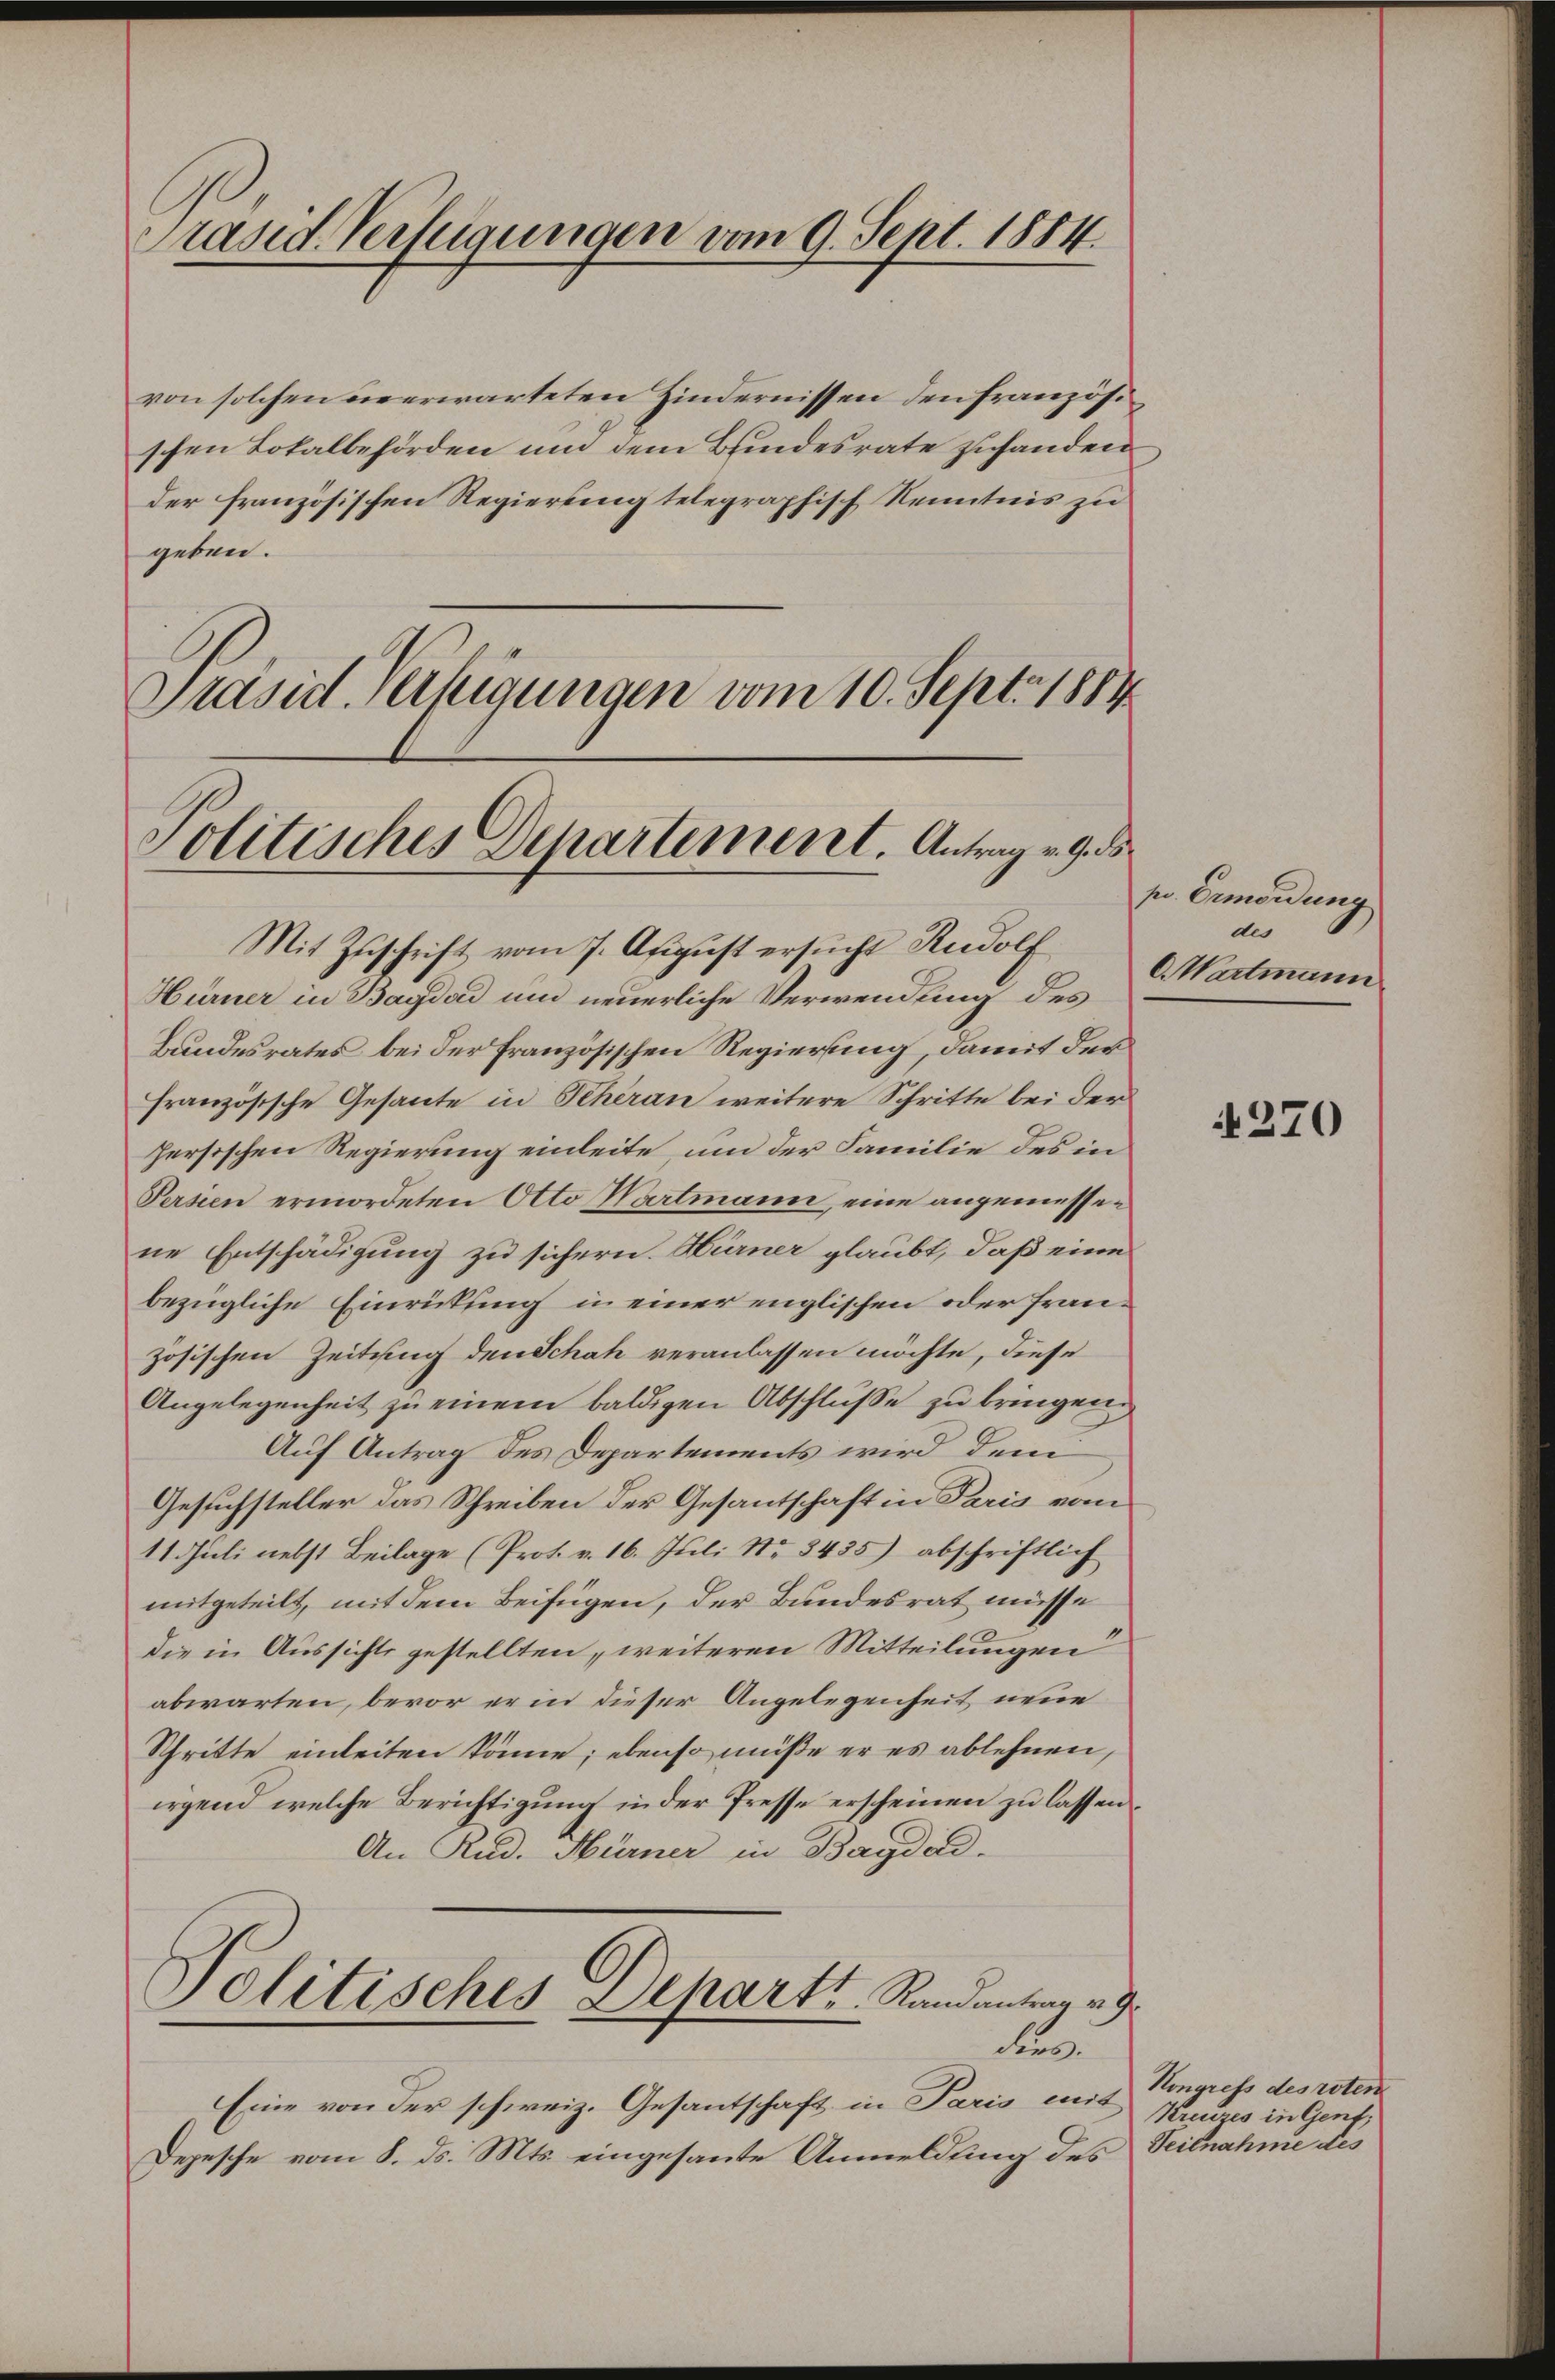
Präsid. Verfügungen vom 9. Sept. 1884.

von solchen die erwarteten Zindernissen den französischen Lokalbehörden und dem Bundesrate zuhanden
der französischen Regierung telegraphisch Kenntnis zu
geben.
Präsid. Verfügungen vom 10. Sept. 1884

Hürner in Bagdad und neuerliche Verwendung des
Bundesrates bei der französischen Regierung, damit der
französische Gesante in Scheran weitere Schritte bei der
hersischen Regierung einleite, um der Familie des in
Persien ermordeten Otto Wartmann, eine angemessene Entschädigung zu sichern. Hürner glaubt, daß eine
bezügliche Einricklung in einer englischen oder französischen Zeitung den Schah veranlassen möchte, diese
Angelegenheit zu einem baldigen Abschluße zu bringen.
Auf Antrag des Departements wird dem
Gesuchsteller das Schreiben der Gesantschaft in Paris vom
11 Juli nebst Beilage (Prot. v. 16. Juli No 3435) abschriftlich
mitgeteilt, mit dem Beifügen, der Bundesrat müsse
die in Aussichts gestellten, weiteren Mitteilungen
abwarten, bevor er in dieser Angelegenheit neue
Schritte einleiten könne; ebenso müße er es ablehnen,
irgend welche Berichtigung in der Presse erscheinen zu lassen
An Rud. Hürner in Bagdad.
Politisches Departe Randantrag v. 9.
Fr
Eine von der schweiz. Gesantschaft in Paris eins Kongress des roten
Depesche vom 8. ds. Mts. eingesante Anmeldung des Teilnahme dis

Politisches Departement. Antrag v. 9. ds.
Mit Zuschrift vom 7. August ersucht Rudolf

pr. Ermordung
des
Wartmann

270

Kreuzes in Genf,